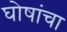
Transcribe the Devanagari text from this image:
घोषांचा